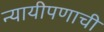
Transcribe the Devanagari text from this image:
न्यायीपणाची